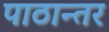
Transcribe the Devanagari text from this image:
पाठान्तर